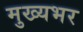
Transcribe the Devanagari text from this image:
मुख्यभर